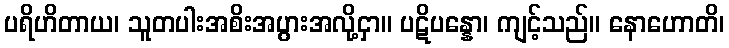
ပရိဟိတာယ၊ သူတပါးအစိးအပွားအလို့ငှာ။ ပဋိပန္နော၊ ကျင့်သည်။ နောဟောတိ၊